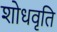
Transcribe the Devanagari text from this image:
शोधवृति